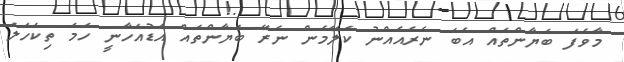
މާވެފަ ބަޔާންތައް އެބަ ނެރެއެއްނު ކަލޭމެން ނެރޭ ބަޔާންތައް އަޑުއަހާނީ ހަމަ ތިކަހަލަ